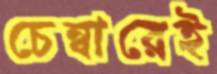
চেম্বারেই